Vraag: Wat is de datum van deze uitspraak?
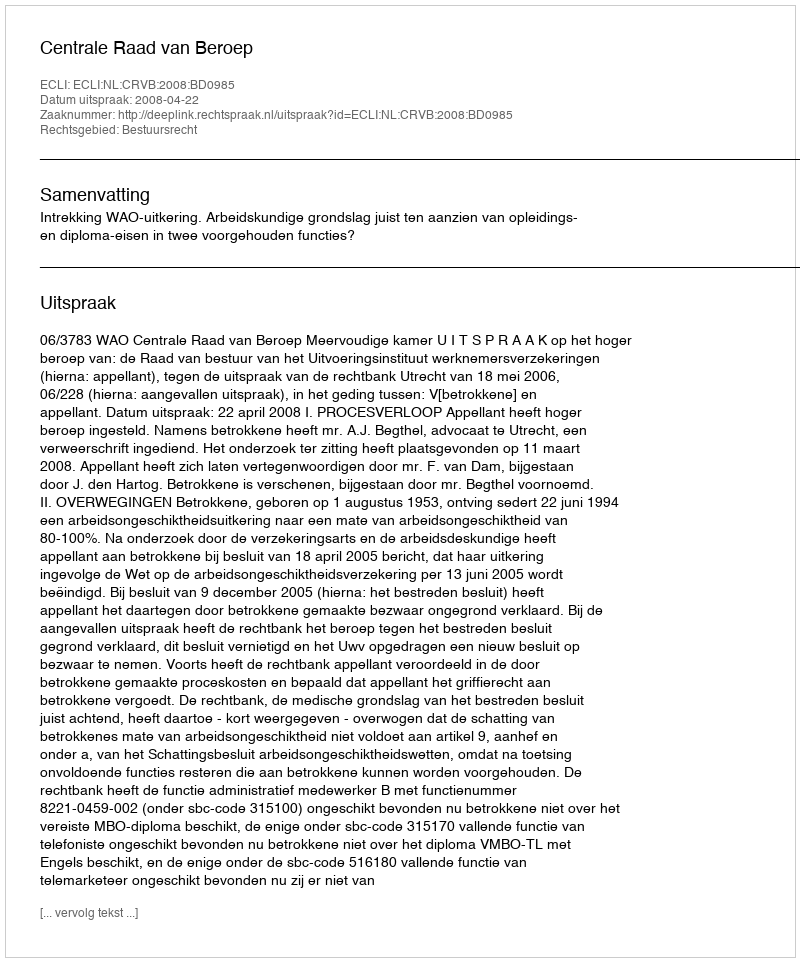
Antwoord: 2008-04-22